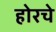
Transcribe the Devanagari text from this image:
होरचे